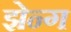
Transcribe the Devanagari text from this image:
झेन्ग